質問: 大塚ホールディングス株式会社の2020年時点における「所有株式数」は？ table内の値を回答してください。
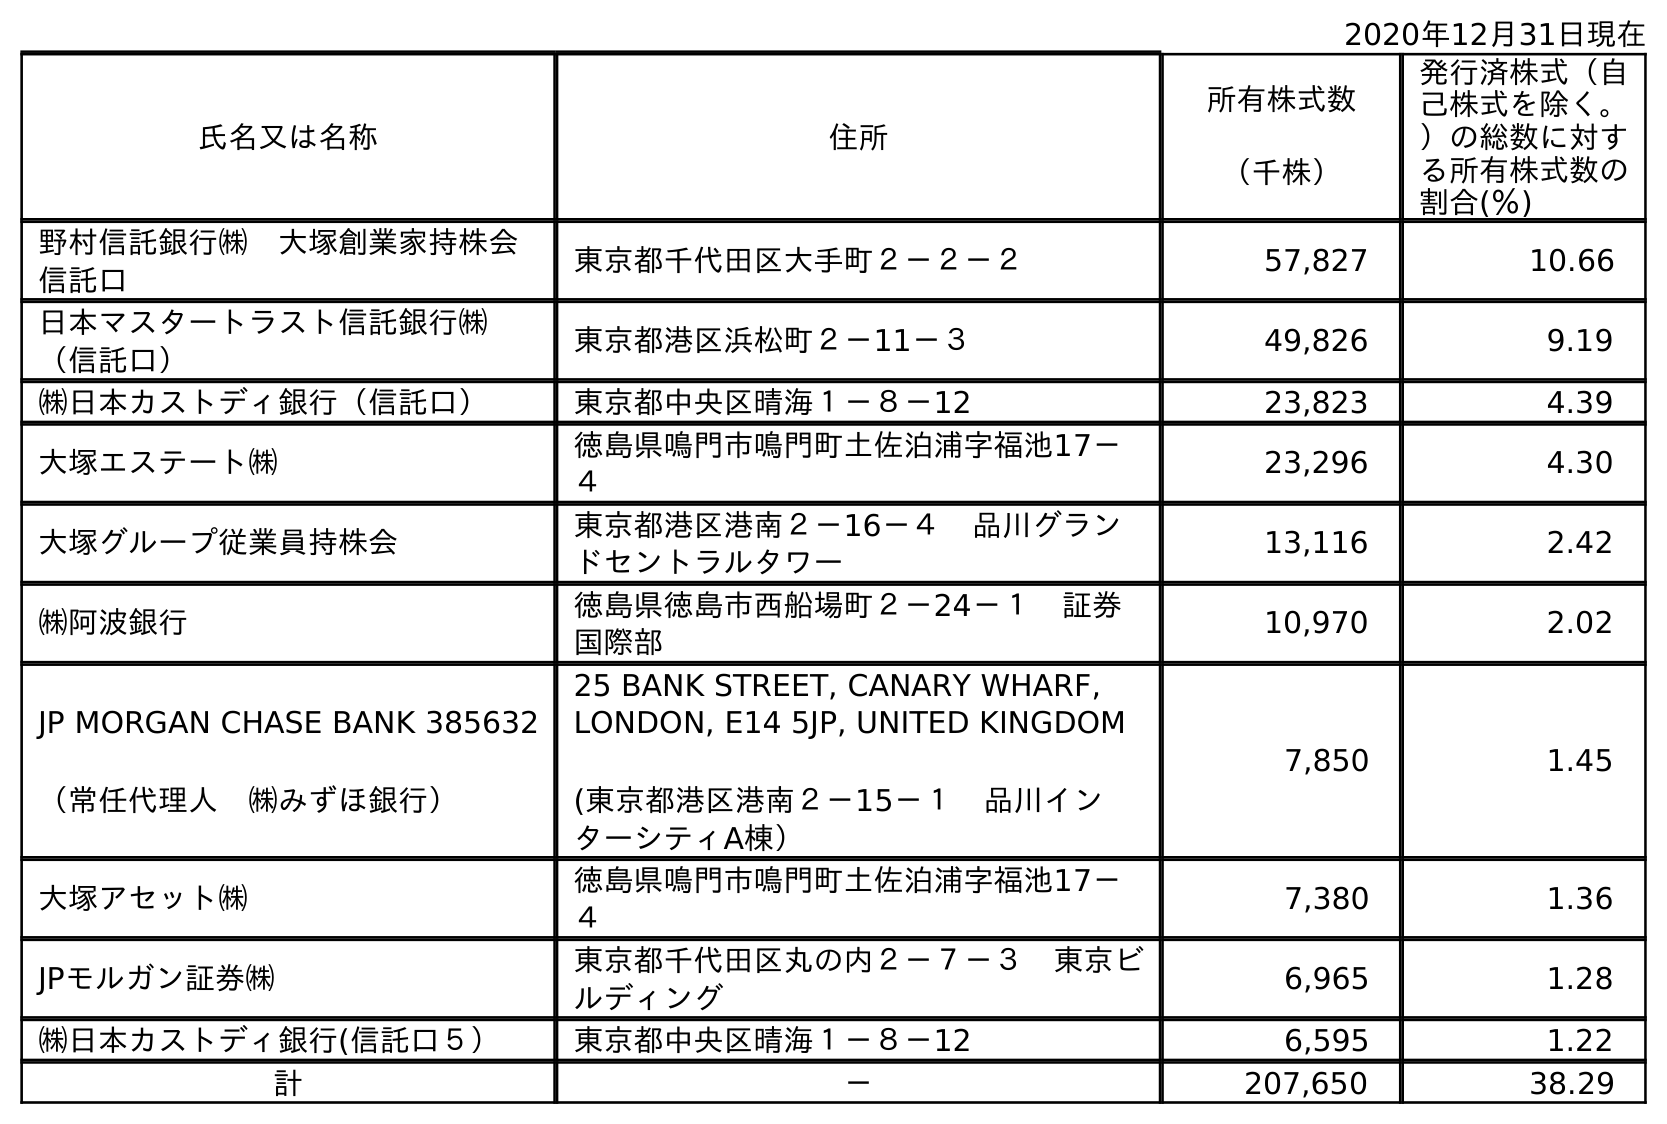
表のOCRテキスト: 2020年12月31日現在 氏名又は名称 住所 所有株式数 （千株） 発行済株式（自 己株式を除く。 ）の総数に対す る所有株式数の 割合(％) 野村信託銀行㈱ 大塚創業家持株会 信託口 東京都千代田区大手町２－２－２ 57,827 10.66 日本マスタートラスト信託銀行㈱ （信託口） 東京都港区浜松町２－11－３ 49,826 9.19 ㈱日本カストディ銀行（信託口） 東京都中央区晴海１－８－12 23,823 4.39 大塚エステート㈱ 徳島県鳴門市鳴門町土佐泊浦字福池17－ ４ 23,296 4.30 大塚グループ従業員持株会 東京都港区港南２－16－４ 品川グラン ドセントラルタワー 13,116 2.42 ㈱阿波銀行 徳島県徳島市西船場町２－24－１ 証券 国際部 10,970 2.02 JP MORGAN CHASE BANK 385632 （常任代理人 ㈱みずほ銀行） 25 BANK STREET, CANARY WHARF, LONDON, E14 5JP, UNITED KINGDOM (東京都港区港南２－15－１ 品川イン ターシティA棟） 7,850 1.45 大塚アセット㈱ 徳島県鳴門市鳴門町土佐泊浦字福池17－ ４ 7,380 1.36 JPモルガン証券㈱ 東京都千代田区丸の内２－７－３ 東京ビ ルディング 6,965 1.28 ㈱日本カストディ銀行(信託口５） 東京都中央区晴海１－８－12 6,595 1.22 計 － 207,650 38.29
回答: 207,650